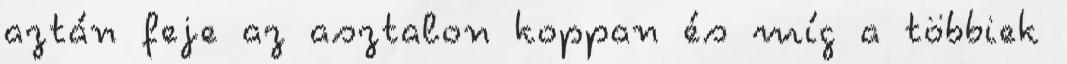
aztán feje az asztalon koppan és míg a többiek